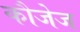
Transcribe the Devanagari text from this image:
कौजेज